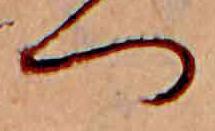
つ